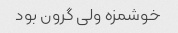
خوشمزه ولی گرون بود